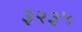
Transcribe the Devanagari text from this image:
३२३५